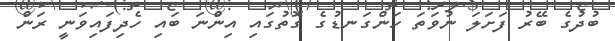
ބުދުގެ ބޭރު ފަށަލަ ނުވަތަ ހަންގަނޑުގެ ގޮތުގައި އިންނަ ބައި ހެދިފައިވަނީ ރަން